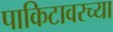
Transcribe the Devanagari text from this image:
पाकिटावरच्या